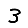
Digit: 3